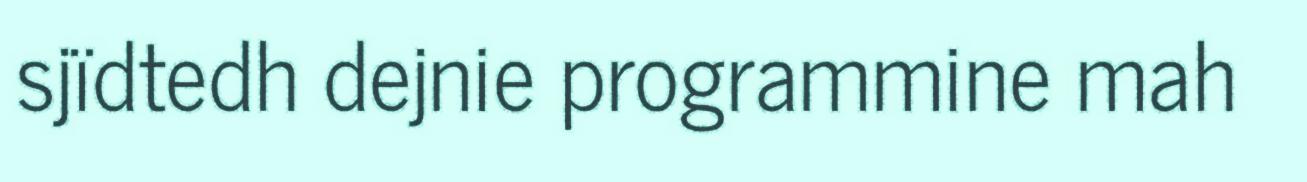
sjïdtedh dejnie programmine mah